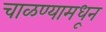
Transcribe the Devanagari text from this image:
चाळण्यामधून